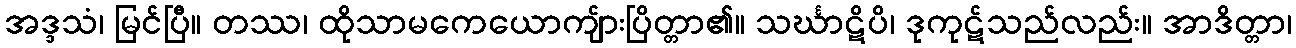
အဒ္ဒသံ၊ မြင်ပြီ။ တဿ၊ ထိုသာမကေယောကျ်ားပြိတ္တာ၏။ သင်္ဃာဋိပိ၊ ဒုကုဋ်သည်လည်း။ အာဒိတ္တာ၊